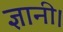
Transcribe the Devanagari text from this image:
ज्ञानी।